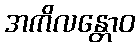
အကိလန္တောဝ